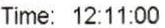
TIME: 12:11:00